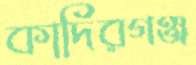
কাদিরগঞ্জ